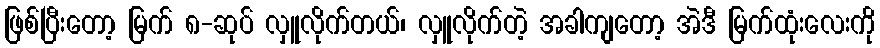
ဖြစ်ပြီးတော့ မြက် ၈-ဆုပ် လှူလိုက်တယ်၊ လှူလိုက်တဲ့ အခါကျတော့ အဲဒီ မြက်ထုံးလေးကို